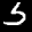
Label: 5